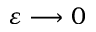
\varepsilon \longrightarrow 0